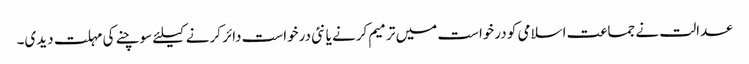
عدالت نے جماعت اسلامی کو درخواست میں ترمیم کرنے یا نئی درخواست دائر کرنے کیلئے سوچنے کی مہلت دیدی۔